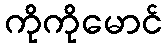
ကိုကိုမောင်